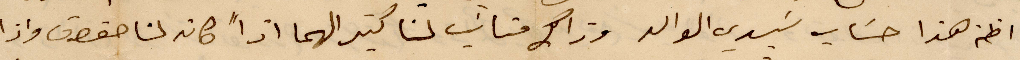
اظن هذا حساب سيدي الوالد وذاك متاتي لنا كتير الهما اذًا كان لنا حقوق واذا